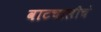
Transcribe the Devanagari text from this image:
वाटचालीचं